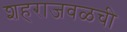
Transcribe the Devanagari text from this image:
शहराजवळची